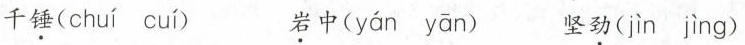
千\underset{·}{锤}( chuí cuí ) \underset{·}{岩}中 (yán yān) 坚\underset{·}{劲}( jìn jìng )